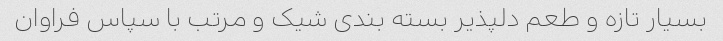
بسیار تازه و طعم دلپذیر بسته بندی شیک و مرتب با سپاس فراوان